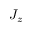
J _ { z }